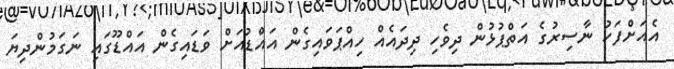
އެއަށްފަހު ނާސިރުގެ އަތްޕުޅުން ދިވެހި ދިދައެއް ހިއްޕަވައިގެން އައްޑުއަށް ވަޑައިގެން އައްޑޫގައި ނަގަމުންދިޔަ